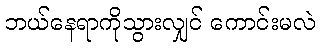
ဘယ်နေရာကိုသွားလျှင် ကောင်းမလဲ